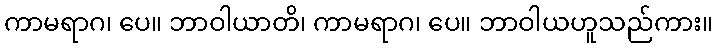
ကာမရာဂ၊ ပေ။ ဘာဝါယာတိ၊ ကာမရာဂ၊ ပေ။ ဘာဝါယဟူသည်ကား။